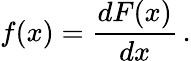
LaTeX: f(x)={\frac{dF(x)}{dx}}\, .